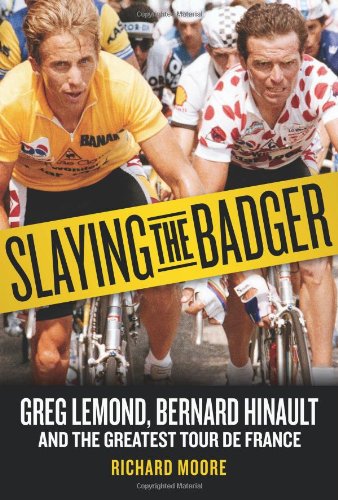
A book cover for Slaying the Badger: Greg LeMond, Bernard Hinault, and the Greatest Tour de France; Richard Moore; Sports & Outdoors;